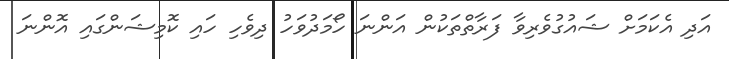
އަދި އެކަމަށް ޝައުގުވެރިވާ ފަރާތްތަކުން އަންނަ ހޯމަދުވަހު ދިވެހި ހައި ކޮމިޝަންގައި އޮންނަ